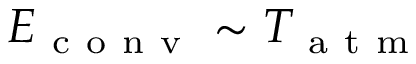
E _ { \mathrm { ~ c ~ o ~ n ~ v ~ } } \sim T _ { \mathrm { ~ a ~ t ~ m ~ } }